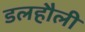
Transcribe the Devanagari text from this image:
डलहौली